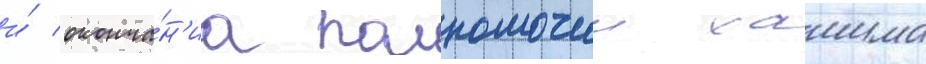
и́ оконча́н'иа полномочии хашима